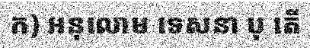
ក) អនុលោម ទេសនា បុ តើ